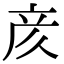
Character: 𫝸